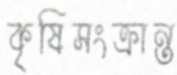
কৃষিসংক্রান্ত